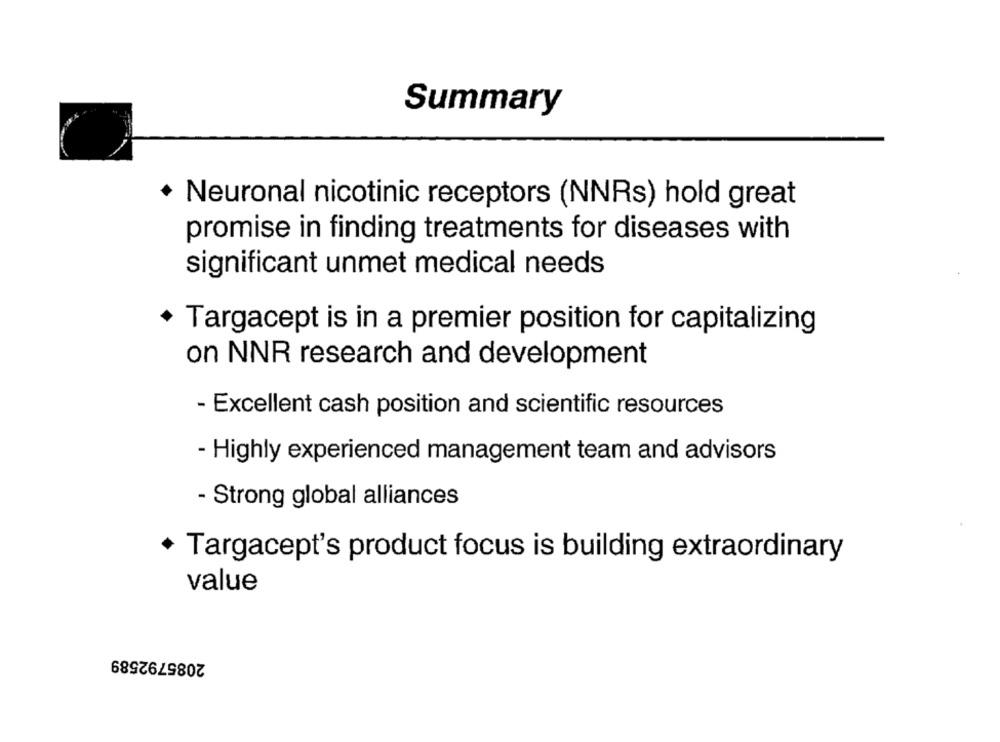
Summary
Neuronal nicotinic receptors (NNRs) hold great
promise in finding treatments for diseases with
significant unmet medical needs
Targacept is in a premier position for capitalizing
on NNR research and development
- Excellent cash position and scientific resources
- Highly experienced management team and advisors
- Strong global alliances
+ Targacept's product focus is building extraordinary
value
2085792589